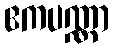
ဧကပဏ္ဏာ